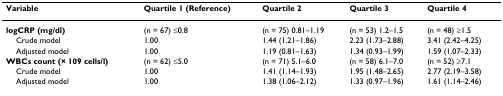
| Variable | Quartile 1 (Reference) | Quartile 2 | Quartile 3 | Quartile 4 |
 | --- | --- | --- | --- | --- |
 | logCRP (mg/dl) | (n = 67) ≤0.8 | (n = 75) 0.81–1.19 | (n = 53) 1.2–1.5 | (n = 48) ≥1.5 |
 | Crude model | 1.00 | 1.44 (1.21–1.86) | 2.23 (1.73–2.88) | 3.41 (2.42–4.25) |
 | Adjusted model | 1.00 | 1.19 (0.81–1.63) | 1.34 (0.93–1.99) | 1.59 (1.07–2.33) |
 | WBCs count (× 109 cells/l) | (n = 62) ≤5.0 | (n = 71) 5.1–6.0 | (n = 58) 6.1–7.0 | (n = 52) ≥7.1 |
 | Crude model | 1.00 | 1.41 (1.14–1.93) | 1.95 (1.48–2.65) | 2.77 (2.19–3.58) |
 | Adjusted model | 1.00 | 1.38 (1.06–2.12) | 1.33 (0.97–1.96) | 1.61 (1.14–2.46) |